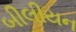
બીલીયન